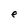
Character: e